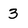
Character: 3